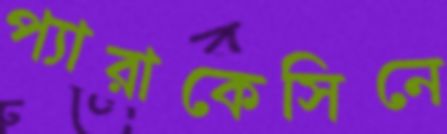
প্যারাকেসিনে